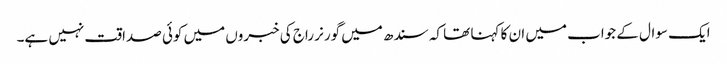
ایک سوال کے جواب میں ان کا کہنا تھا کہ سندھ میں گورنر راج کی خبروں میں کوئی صداقت نہیں ہے۔